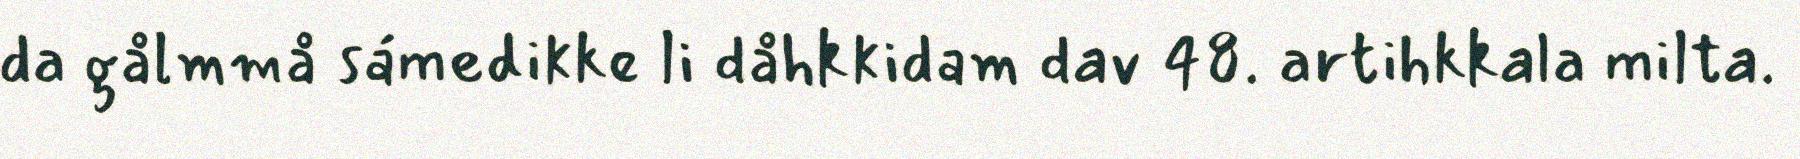
da gålmmå sámedikke li dåhkkidam dav 48. artihkkala milta.